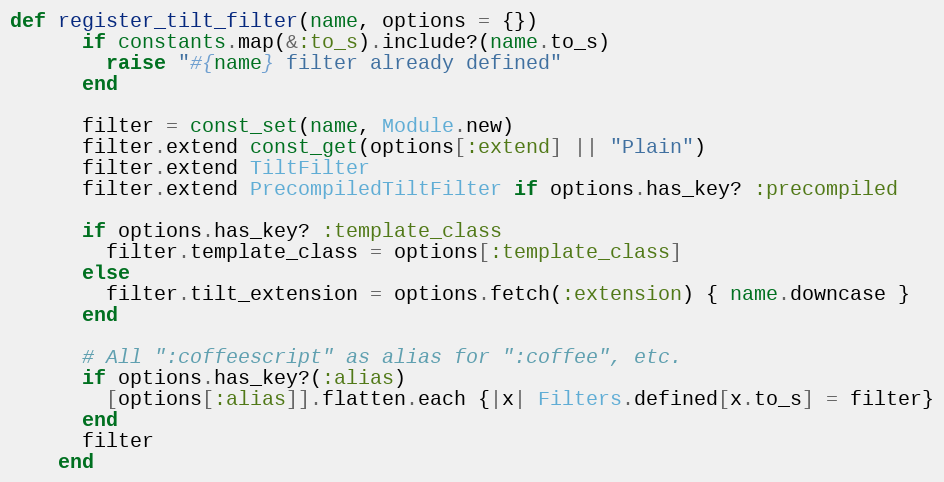
Language: Ruby
def register_tilt_filter(name, options = {})
      if constants.map(&:to_s).include?(name.to_s)
        raise "#{name} filter already defined"
      end

      filter = const_set(name, Module.new)
      filter.extend const_get(options[:extend] || "Plain")
      filter.extend TiltFilter
      filter.extend PrecompiledTiltFilter if options.has_key? :precompiled

      if options.has_key? :template_class
        filter.template_class = options[:template_class]
      else
        filter.tilt_extension = options.fetch(:extension) { name.downcase }
      end

      # All ":coffeescript" as alias for ":coffee", etc.
      if options.has_key?(:alias)
        [options[:alias]].flatten.each {|x| Filters.defined[x.to_s] = filter}
      end
      filter
    end